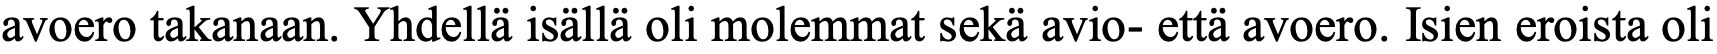
avoero takanaan. Yhdellä isällä oli molemmat sekä avio- että avoero. Isien eroista oli